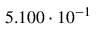
5 . 1 0 0 \cdot 1 0 ^ { - 1 }